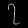
Digit: ၇